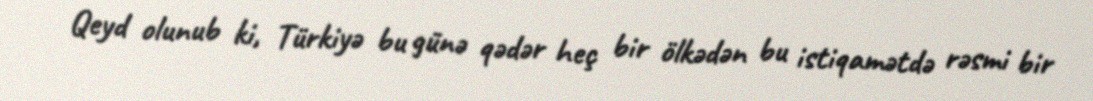
Qeyd olunub ki, Türkiyə bu günə qədər heç bir ölkədən bu istiqamətdə rəsmi bir